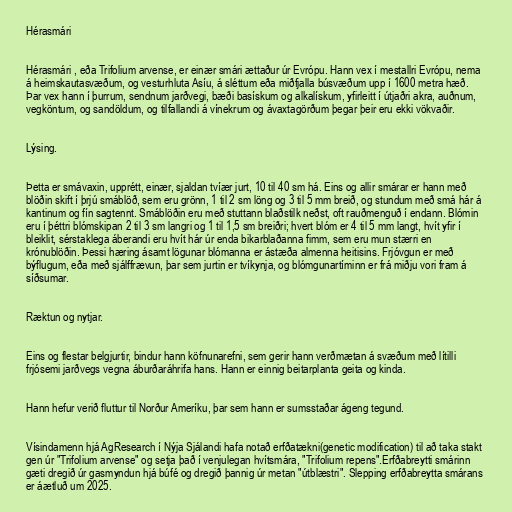
Hérasmári

Hérasmári , eða Trifolium arvense, er einær smári ættaður úr Evrópu. Hann vex í mestallri Evrópu, nema
á heimskautasvæðum, og vesturhluta Asíu, á sléttum eða miðfjalla búsvæðum upp í 1600 metra hæð.
Þar vex hann í þurrum, sendnum jarðvegi, bæði basískum og alkalískum, yfirleitt í útjaðri akra, auðnum,
vegköntum, og sandöldum, og tilfallandi á vínekrum og ávaxtagörðum þegar þeir eru ekki vökvaðir.

Lýsing.

Þetta er smávaxin, upprétt, einær, sjaldan tvíær jurt, 10 til 40 sm há. Eins og allir smárar er hann með
blöðin skift í þrjú smáblöð, sem eru grönn, 1 til 2 sm löng og 3 til 5 mm breið, og stundum með smá hár á
kantinum og fín sagtennt. Smáblöðin eru með stuttann blaðstilk neðst, oft rauðmenguð í endann. Blómin
eru í þéttri blómskipan 2 til 3 sm langri og 1 til 1,5 sm breiðri; hvert blóm er 4 til 5 mm langt, hvít yfir í
bleiklit, sérstaklega áberandi eru hvít hár úr enda bikarblaðanna fimm, sem eru mun stærri en
krónublöðin. Þessi hæring ásamt lögunar blómanna er ástæða almenna heitisins. Frjóvgun er með
býflugum, eða með sjálffrævun, þar sem jurtin er tvíkynja, og blómgunartíminn er frá miðju vori fram á
síðsumar.

Ræktun og nytjar.

Eins og flestar belgjurtir, bindur hann köfnunarefni, sem gerir hann verðmætan á svæðum með lítilli
frjósemi jarðvegs vegna áburðaráhrifa hans. Hann er einnig beitarplanta geita og kinda.

Hann hefur verið fluttur til Norður Ameríku, þar sem hann er sumsstaðar ágeng tegund.

Vísindamenn hjá AgResearch í Nýja Sjálandi hafa notað erfðatækni(genetic modification) til að taka stakt
gen úr "Trifolium arvense" og setja það í venjulegan hvítsmára, "Trifolium repens".Erfðabreytti smárinn
gæti dregið úr gasmyndun hjá búfé og dregið þannig úr metan "útblæstri". Slepping erfðabreytta smárans
er áætluð um 2025.